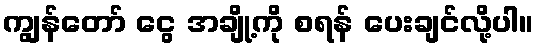
ကျွန်တော် ငွေ အချို့ကို စရန် ပေးချင်လို့ပါ။